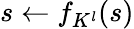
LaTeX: s\gets f_{K^{l}}(s)